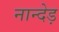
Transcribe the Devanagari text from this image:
नान्देड़